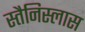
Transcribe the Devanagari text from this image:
स्तैनिस्लास